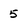
Character: 5